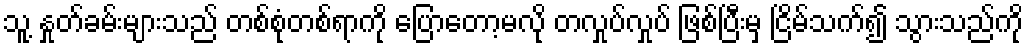
သူ့ နှုတ်ခမ်းများသည် တစ်စုံတစ်ရာကို ပြောတော့မလို တလှုပ်လှုပ် ဖြစ်ပြီးမှ ငြိမ်သက်၍ သွားသည်ကို